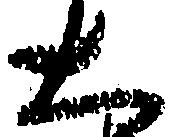
大